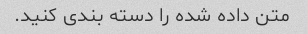
متن داده شده را دسته بندی کنید.